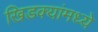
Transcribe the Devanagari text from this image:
खिडक्यांमध्ये